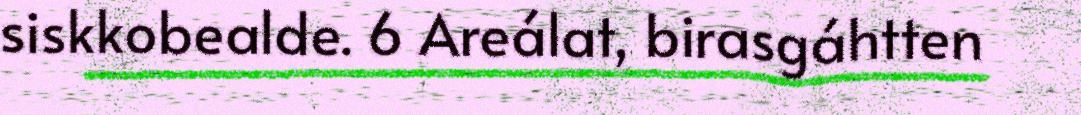
siskkobealde. 6 Areálat, birasgáhtten